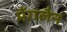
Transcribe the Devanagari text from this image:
मैंगलैन